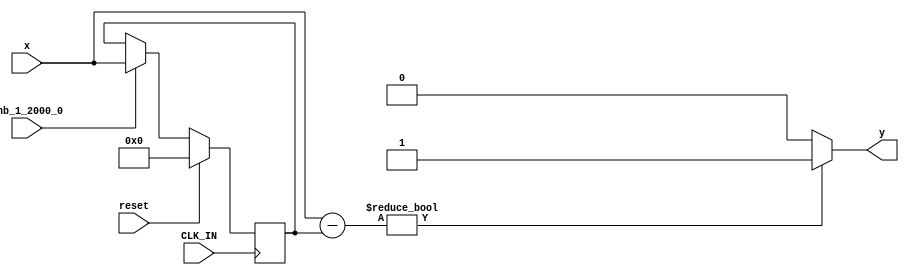
module controllerHdl_Detect_Change
          (
           CLK_IN,
           reset,
           enb_1_2000_0,
           x,
           y
          );
  input   CLK_IN;
  input   reset;
  input   enb_1_2000_0;
  input   signed [17:0] x;  
  output  y;
  reg signed [17:0] Delay_out1;  
  wire signed [18:0] Add_sub_cast;  
  wire signed [18:0] Add_sub_cast_1;  
  wire signed [18:0] Add_out1;  
  wire Compare_To_Zero2_out1;
  always @(posedge CLK_IN)
    begin : Delay_process
      if (reset == 1'b1) begin
        Delay_out1 <= 18'sb000000000000000000;
      end
      else if (enb_1_2000_0) begin
        Delay_out1 <= x;
      end
    end
  assign Add_sub_cast = x;
  assign Add_sub_cast_1 = Delay_out1;
  assign Add_out1 = Add_sub_cast - Add_sub_cast_1;
  assign Compare_To_Zero2_out1 = (Add_out1 != 19'sb0000000000000000000 ? 1'b1 :
              1'b0);
  assign y = Compare_To_Zero2_out1;
endmodule